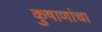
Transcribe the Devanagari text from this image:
कुषाणांचा